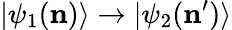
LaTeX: |\psi_{1}(\mathbf{n})\rangle\rightarrow|\psi_{2}(\mathbf{n}^{\prime})\rangle